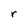
Character: r